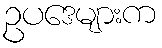
ဥပဒေများက